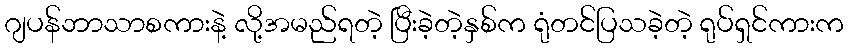
ဂျပန်ဘာသာစကားနဲ့ လို့အမည်ရတဲ့ ပြီးခဲ့တဲ့နှစ်က ရုံတင်ပြသခဲ့တဲ့ ရုပ်ရှင်ကားက